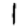
Digit: 1